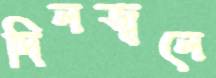
দিলজ্বলে